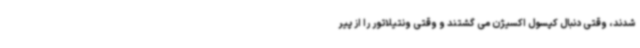
شدند، وقتی دنبال کپسول اکسیژن می گشتند و وقتی ونتیلاتور را از پیر